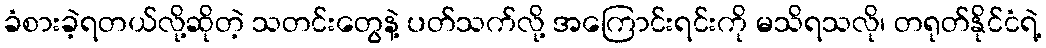
ခံစားခဲ့ရတယ်လို့ဆိုတဲ့ သတင်းတွေနဲ့ ပတ်သက်လို့ အကြောင်းရင်းကို မသိရသလို၊ တရုတ်နိုင်ငံရဲ့